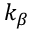
k _ { \beta }